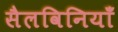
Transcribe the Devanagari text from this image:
सैलविनियाँ